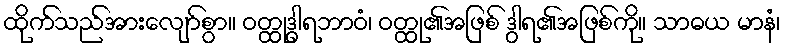
ထိုက်သည်အားလျော်စွာ။ ဝတ္ထုဒွါရဘာဝံ၊ ဝတ္ထု၏အဖြစ် ဒွါရ၏အဖြစ်ကို။ သာဓယ မာနံ၊